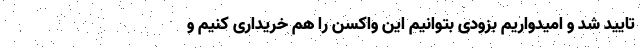
تایید شد و امیدواریم بزودی بتوانیم این واکسن را هم خریداری کنیم و